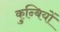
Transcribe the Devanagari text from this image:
कुन्बियों